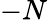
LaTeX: -N